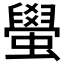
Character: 𬠰